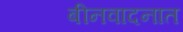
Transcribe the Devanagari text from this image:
बीनवादनात